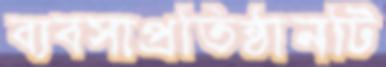
ব্যবসাপ্রতিষ্ঠানটি